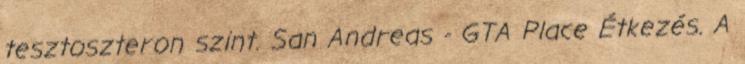
tesztoszteron szint. San Andreas - GTA Place Étkezés. A